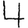
Digit: 4